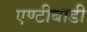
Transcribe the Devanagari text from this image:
एण्टीबाडी